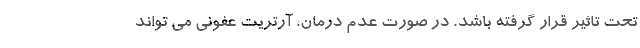
تحت تاثیر قرار گرفته باشد. در صورت عدم درمان، آرتریت عفونی می تواند